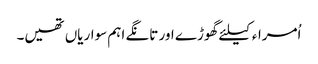
اُمراء کیلئے گھوڑے اور تانگے اہم سواریاں تھیں۔